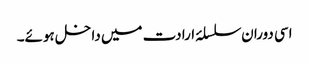
اسی دوران سلسلۂ ارادت میں داخل ہوئے۔